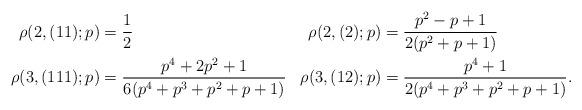
LaTeX: \begin{align*} \rho(2,(11);p) &= \frac{1}{2} &\rho(2,(2);p) &= \frac{p^2-p+1}{2(p^2+p+1)}\\ \rho(3,(111);p) &= \frac{p^4+2p^2+1}{6(p^4+p^3+p^2+p+1)} &\rho(3,(12);p) &= \frac{p^4+1}{2(p^4+p^3+p^2+p+1)}.\end{align*}